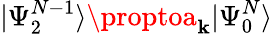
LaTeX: |\Psi_{2}^{N-1}\rangle\proptoa_{\mathbf{k}}|\Psi_{0}^{N}\rangle